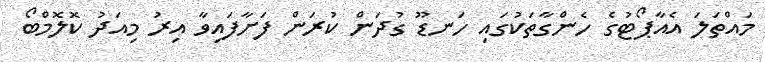
މައްތަލަ އެއާޕޯޓުގެ ހެންގާތަކުގައި ހަނޑޫ ގުދަން ކުރަން ފަށާފައިވާ އިރު މިއަދު ކޮލޮމްބޯ